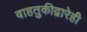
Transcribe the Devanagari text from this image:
वाहतुकीद्वारेही